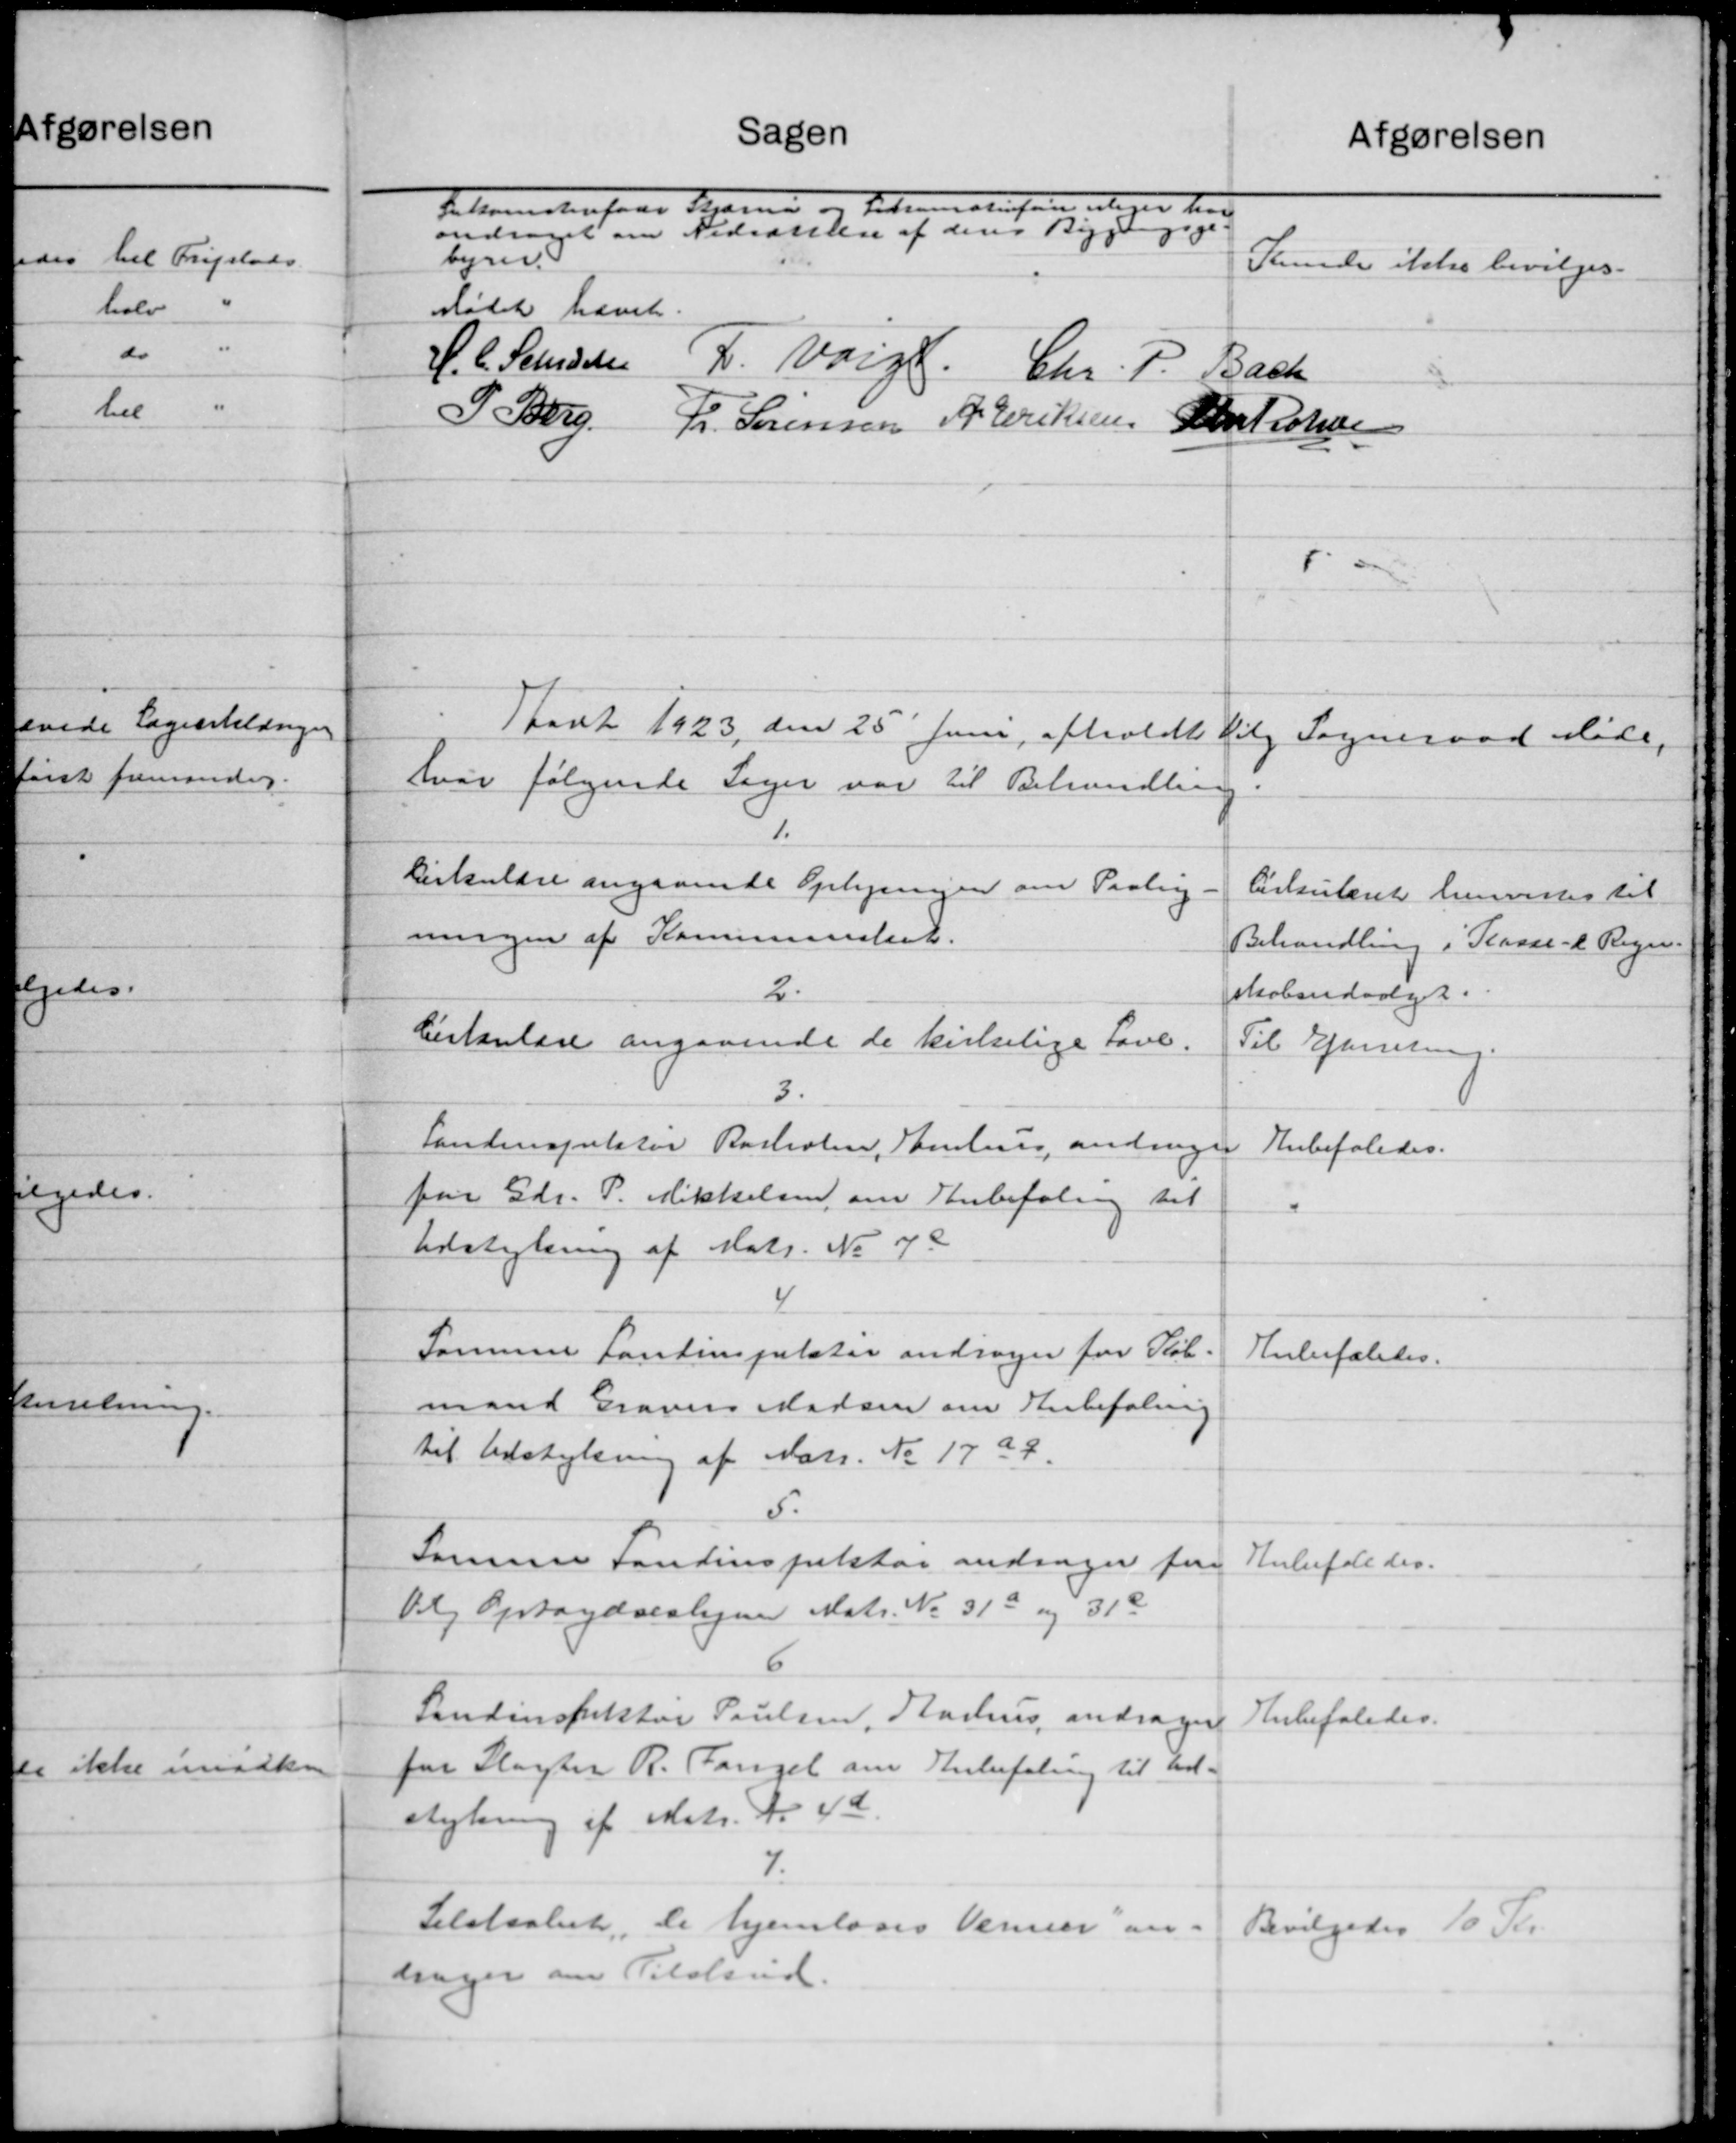
Transskription:
Sagen
afgørelsen
Tidrumstenferer at hen
Fodermeste
andrager om Hansen af den i Byg
00
byre.
Sunde ikke bevilges.
Mødet hævet
F. Voigt.
H. C. Schiøler
Chr. P. Bach
P. Søren
Fr. Sørensen A. Eriksen
Antonse
80
Aaret 1923 den 25' Juni afholdt
Vilg Sogneraad Møde,
hvor følgende Sager var til Behandling.
Cirkulære angaaende Oplysningen om Paalig-
Cirkulæret henvistes til
ningen af Kommuneskat.
Behandling i Plasse - Regn.
2
skabsudvalget.
Cirkulære angaaende de kirkelige Gave.
Til Efterretning.
3.
Landinspektør Rasholen, Somhun, andrager
Anbefaledes.
far Gdr. P. Mikkelsen om Anbefaling til
Udstykning af Matr. No 72
4
Formuen Forstinspekter andrager for Køb.
Anbefaledes.
mand Gravns Madsen om Anbefaling
til Udstykning af Matr. No 1729.
5.
Samme Fondinspektør andrager for
Anbefaledes.
Vilg Optagelsesligne Matr. No 31a og 318
Landinspektør Poulsen, Aarhus andrager
Anbefaledes.
for Slagter R. Fengel om Anbefaling til Ud-
stykning af Matr. Nr. 42.
7.
Selskabet, de hjemløses Venner an-
Bevilgedes 10 Kr.
dsager om Tilskud.